Vaccination report Assam 1896-1927 - 1896-1927
Year: 1896
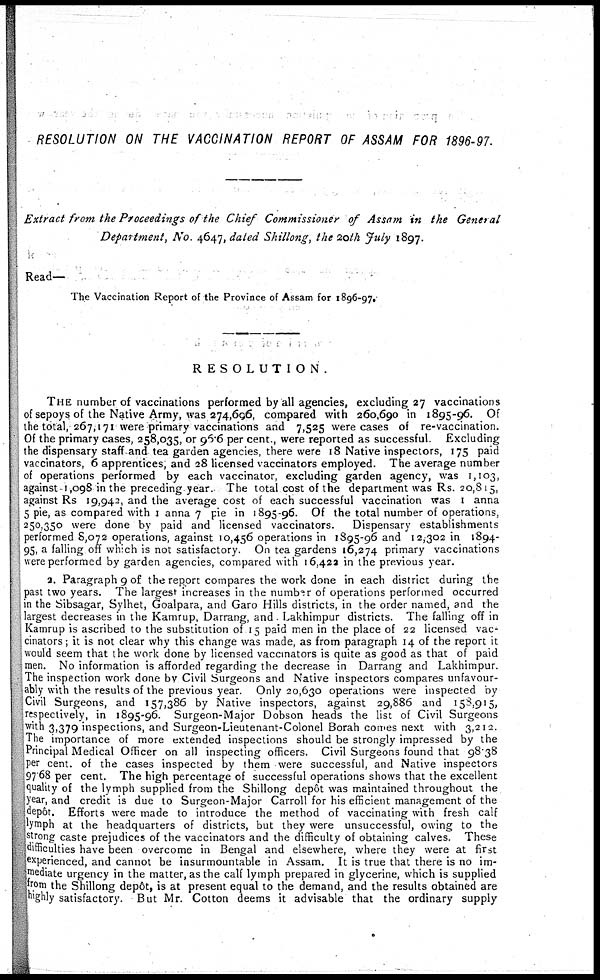
RESOLUTION ON THE VACCINATION REPORT OF ASSAM FOR 1896-97.
Extract from the Proceedings of the Chief Commissioner of Assam in the General
Department, No. 4647, dated Shillong, the 20th July 1897.
Read—
The Vaccination Report of the Province of Assam for 1896-97.
RESOLUTION.
THE number of vaccinations performed by all agencies, excluding 27 vaccinations
of sepoys of the Native Army, was 274,696, compared with 260,690 in 1895-96. Of
the total, 267,171 were primary vaccinations and 7,525 were cases of re-vaccination.
Of the primary cases, 258,035, or 96.6 per cent., were reported as successful. Excluding
the dispensary staff and tea garden agencies, there were 18 Native inspectors, 175 paid
vaccinators, 6 apprentices, and 28 licensed vaccinators employed. The average number
of operations performed by each vaccinator, excluding garden agency, was 1,103,
against 1,098 in the preceding year. The total cost of the department was Rs. 20,815,
against Rs 19,942, and the average cost of each successful vaccination was 1 anna
5 pie, as compared with 1 anna 7 pie in 1895-96. Of the total number of operations,
250,350 were done by paid and licensed vaccinators. Dispensary establishments
performed 8,072 operations, against 10,456 operations in 1895-96 and 12,302 in 1894-
95, a falling off which is not satisfactory. On tea gardens 16,274 primary vaccinations
were performed by garden agencies, compared with 16,422 in the previous year.
2. Paragraph 9 of the report compares the work done in each district during the
past two years. The largest increases in the number of operations performed occurred
in the Sibsagar, Sylhet, Goalpara, and Garo Hills districts, in the order named, and the
largest decreases in the Kamrup, Darrang, and Lakhimpur districts. The falling off in
Kamrup is ascribed to the substitution of 15 paid men in the place of 22 licensed vac-
cinators ; it is not clear why this change was made, as from paragraph 14 of the report it
would seem that the work done by licensed vaccinators is quite as good as that of paid
men. No information is afforded regarding the decrease in Darrang and Lakhimpur.
The inspection work done by Civil Surgeons and Native inspectors compares unfavour-
ably with the results of the previous year. Only 20,630 operations were inspected by
Civil Surgeons, and 157,386 by Native inspectors, against 29,886 and 158,915,
respectively, in 1895-96. Surgeon-Major Dobson heads the list of Civil Surgeons
with 3,379 inspections, and Surgeon-Lieutenant-Colonel Borah comes next with 3,212.
The importance of more extended inspections should be strongly impressed by the
Principal Medical Officer on all inspecting officers. Civil Surgeons found that 98.38
per cent. of the cases inspected by them were successful, and Native inspectors
97.68 per cent. The high percentage of successful operations shows that the excellent
quality of the lymph supplied from the Shillong depôt was maintained throughout the
year, and credit is due to Surgeon-Major Carroll for his efficient management of the
depôt. Efforts were made to introduce the method of vaccinating with fresh calf
lymph at the headquarters of districts, but they were unsuccessful, owing to the
strong caste prejudices of the vaccinators and the difficulty of obtaining calves. These
difficulties have been overcome in Bengal and elsewhere, where they were at first
experienced, and cannot be insurmountable in Assam. It is true that there is no im-
mediate urgency in the matter, as the calf lymph prepared in glycerine, which is supplied
from the Shillong depôt, is at present equal to the demand, and the results obtained are
highly satisfactory. But Mr. Cotton deems it advisable that the ordinary supply